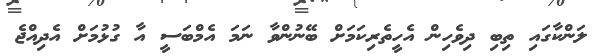
ލަންކާގައި ތިބި ދިވެހިން އެހީތެރިކަމަށް ބޭނުންވާ ނަމަ އެމްބަސީ އާ ގުޅުމަށް އެދިއްޖެ